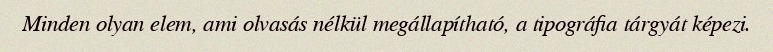
Minden olyan elem, ami olvasás nélkül megállapítható, a tipográfia tárgyát képezi.